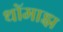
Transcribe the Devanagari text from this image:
थॉमाझ